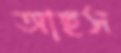
আছস